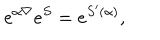
e ^ { \alpha \nabla } e ^ { S } = e ^ { S ^ { \prime } ( \alpha ) } ,